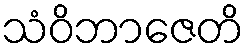
သံဝိဘာဇေတိ